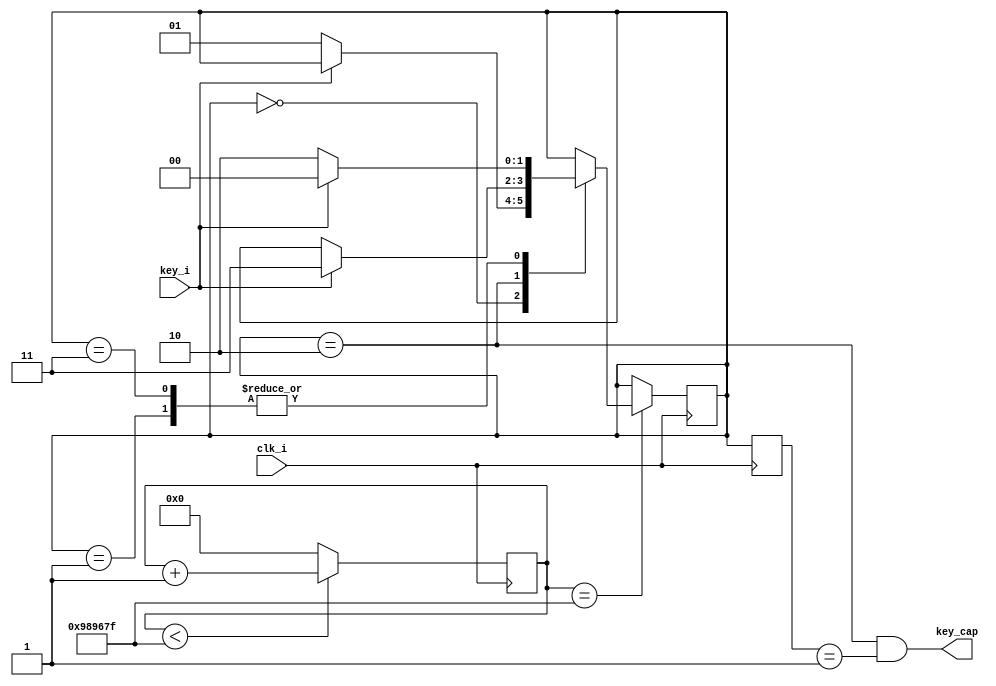
`timescale 1ns / 1ps
module key1000 #
(
parameter CLK_FREQ = 100000000
)
(
input clk_i,
input key_i,
output key_cap
);
//10ms
parameter CNT_1000MS = (CLK_FREQ/10 - 1'b1);
parameter KEY_S0 = 2'd0;
parameter KEY_S1 = 2'd1;
parameter KEY_S2 = 2'd2;
parameter KEY_S3 = 2'd3;
reg [34:0] cnt1000ms = 35'd0;
(*mark_debug = "true"*) reg [1:0] key_s = 2'b0;
(*mark_debug = "true"*) reg [1:0] key_s_r = 2'b0;
(*mark_debug = "true"*) wire en_1000ms ;
assign en_1000ms = (cnt1000ms == CNT_1000MS);
assign key_cap = (key_s==KEY_S2)&&(key_s_r==KEY_S1);
always @(posedge clk_i)
	begin
		if(cnt1000ms < CNT_1000MS)
			cnt1000ms <= cnt1000ms + 1'b1;
		else
			cnt1000ms <= 35'd0;
	end
always @(posedge clk_i)
	begin
		key_s_r <= key_s;
	end
always @(posedge clk_i)
	begin
		if(en_1000ms)
			begin
				case(key_s)
					KEY_S0:
						begin
							if(!key_i)
								key_s <= KEY_S1;
						end
					KEY_S1:
						begin
							if(!key_i)
								key_s <= KEY_S2;
							else
								key_s <= KEY_S0;
						end
					KEY_S2:
						begin
							if(key_i)
								key_s <= KEY_S3;
						end
					KEY_S3:
						begin
							if(key_i)
								key_s <= KEY_S0;
							else
								key_s <= KEY_S2;
						end
				endcase
			end
	end
endmodule